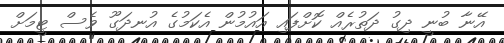
އޭނާ ބުނީ ދިގު ދަތުރެއް ކޮށްފައި އައުމުން އެކަމުގެ އުނދަގޫ ވެސް ޓީމަށް